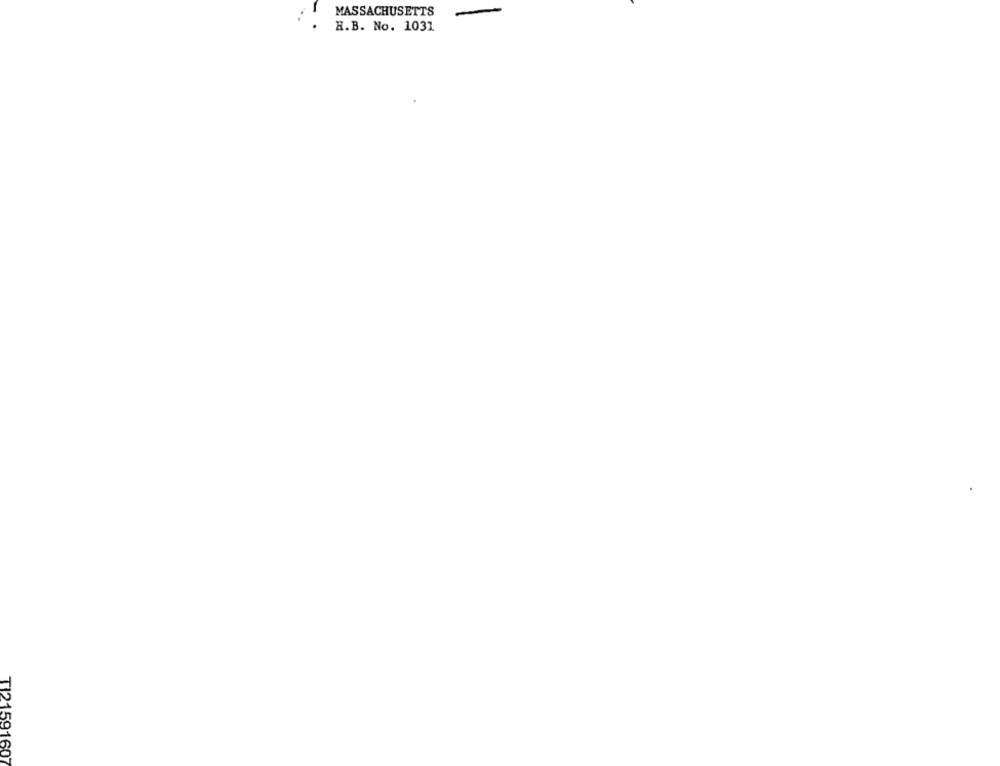
MASSACHUSETTS
H.B. No. 1031
TI2159160